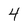
Character: 4